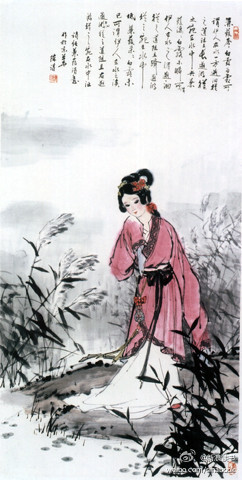
何期小会幽欢，变作离情别绪。